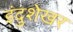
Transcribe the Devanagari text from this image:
इंदुशेखर